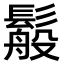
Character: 䰉